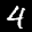
Label: 4